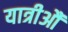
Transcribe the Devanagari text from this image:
यात्रीऔं